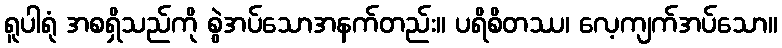
ရူပါရုံ အစရှိသည်ကို စွဲအပ်သောအနက်တည်း။ ပရိစိတဿ၊ လေ့ကျက်အပ်သော။